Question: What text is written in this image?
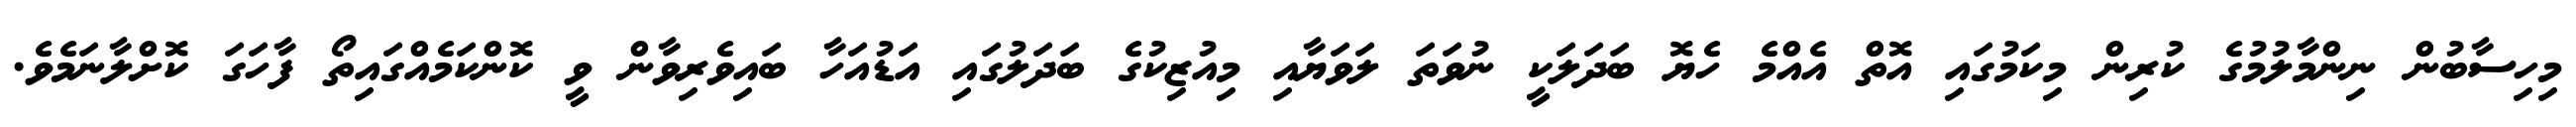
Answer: މިހިސާބުން ނިންމާލުމުގެ ކުރިން މިކަމުގައި އޮތް އެއްމެ ހެޔޮ ބަދަލަކީ ނުވަތަ ލަވަޔާއި މިއުޒިކުގެ ބަދަލުގައި އަޑުއަހާ ބައިވެރިވާން ވީ ކޮންކަމެއްގައިތޯ ފާހަގަ ކޮށްލާނަމެވެ.